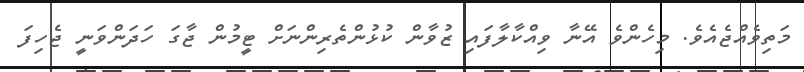
މަތިވެއްޖެއެވެ. މިހެންވެ އޭނާ ވިއްކާލާފައި ޒުވާން ކުޅުންތެރިންނަށް ޓީމުން ޖާގަ ހަދަންވަނީ ޖެހިފަ